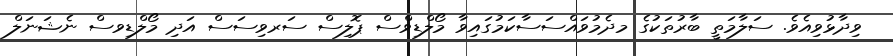
ވިދާޅުވިއެވެ. ސަލާމަތީ ބާރުތަކުގެ މދެމުވައްސަސާކަމުގައިވާ މޯލްޑިވްސް ޕޮލިސް ސަރވިސަސް އަދި މޯލްޑިވސް ނެޝަނަލް